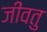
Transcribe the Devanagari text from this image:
जीवतु